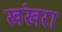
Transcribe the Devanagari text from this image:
खंखरा